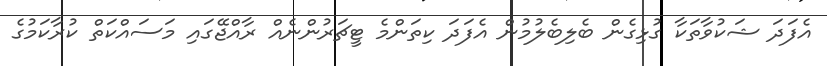
އެފަދަ ޝަކުވާތަކާ ގުޅިގެން ބެލިބެލުމުން އެފަދަ ކިތަންމެ ޓީޗަރުންނެއް ރާއްޖޭގައި މަސައްކަތް ކުރާކަމުގެ